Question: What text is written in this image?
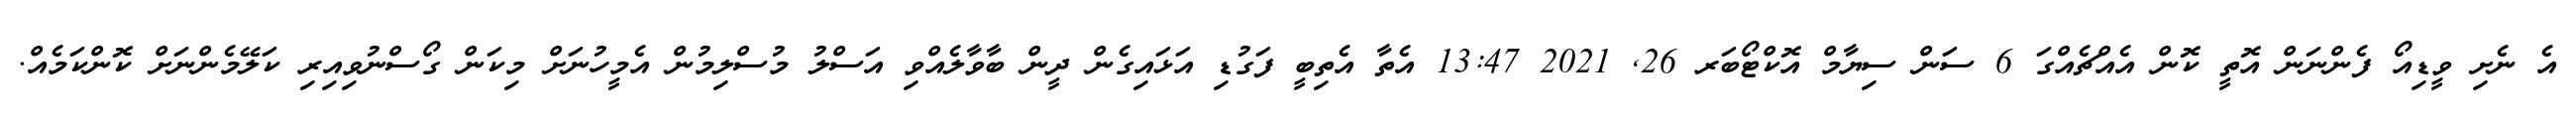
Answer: އެ ނެށި ވީޑިއޯ ފެންނަން އޮތީ ކޮން އެއްޗެއްގަ 6 ސަން ސިޔާމް އޮކްޓޯބަރ 26, 2021 13:47 އެތާ އެތިބީ ފަގުޑި އަޅައިގެން ދީން ބާވާލެއްވި އަސްލު މުސްލިމުން އެމީހުނަށް މިކަން ގޯސްނުވިއިރި ކަލޭމެންނަށް ކޮންކަމެއް.